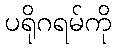
ပရိုဂရမ်ကို